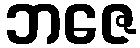
ဘဇေ